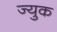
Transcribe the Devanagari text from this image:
ज्युक